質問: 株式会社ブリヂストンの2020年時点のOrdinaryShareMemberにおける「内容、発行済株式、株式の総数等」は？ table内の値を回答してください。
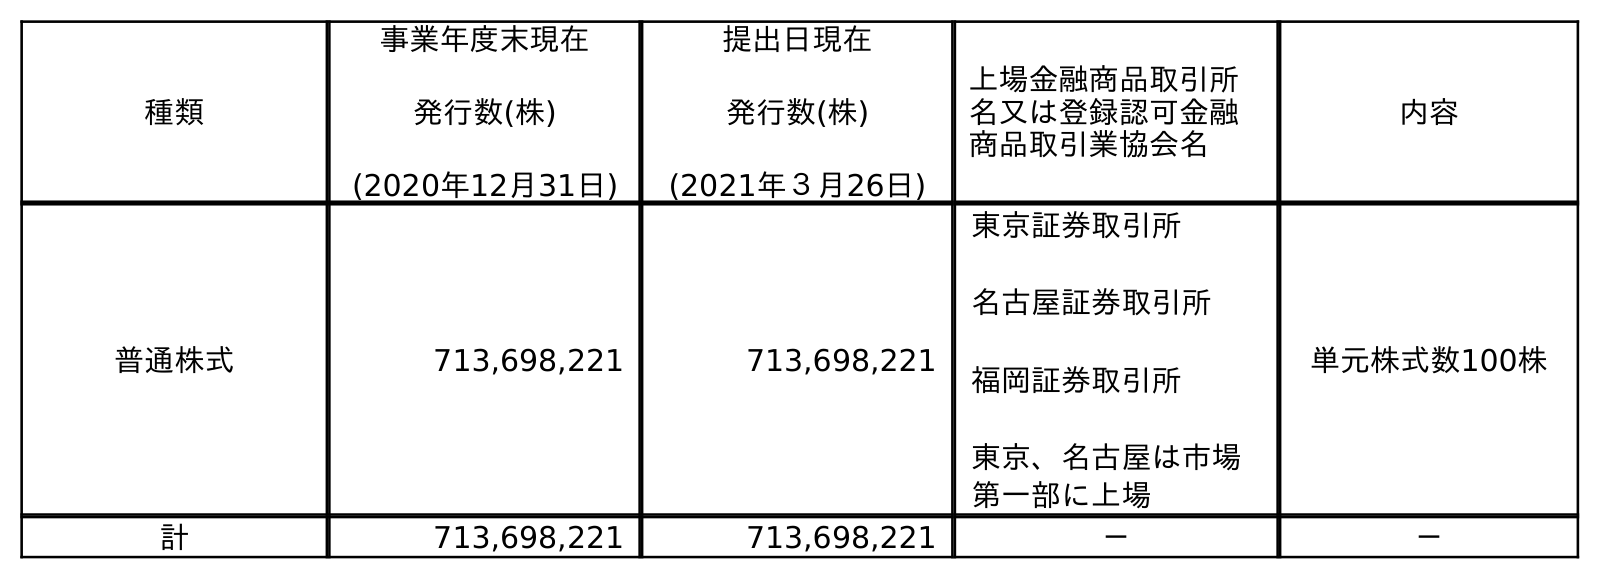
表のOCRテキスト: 種類 事業年度末現在 発行数(株) (2020年12月31日) 提出日現在 発行数(株) (2021年３月26日) 上場金融商品取引所 名又は登録認可金融 商品取引業協会名 内容 普通株式 713,698,221 713,698,221 東京証券取引所 名古屋証券取引所 福岡証券取引所 東京、名古屋は市場 第一部に上場 単元株式数100株 計 713,698,221 713,698,221 － －
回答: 単元株式数100株